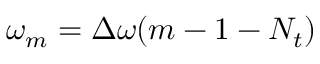
\omega _ { m } = \Delta \omega ( m - 1 - N _ { t } )